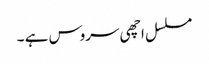
مسلسل اچھی سروس ہے ۔